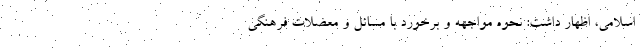
اسلامی، اظهار داشت: نحوه مواجهه و برخورد با مسائل و معضلات فرهنگی